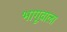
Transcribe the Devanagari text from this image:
भागूवाला